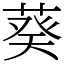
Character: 葵